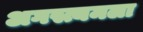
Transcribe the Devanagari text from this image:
अगस्त्यमला